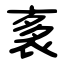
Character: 袲